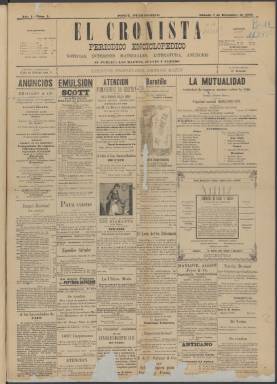
Título: El Cronista (Ponce)
Colección: Periódicos
Ámbito geográfico: Puerto Rico
Lugar de publicación: Ponce (Puerto Rico)
Fechas: 07/12/1889-21/06/1890